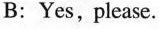
B:Yes,please.